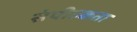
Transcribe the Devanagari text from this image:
संपीडकता